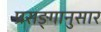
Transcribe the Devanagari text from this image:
प्रसङ्गानुसार